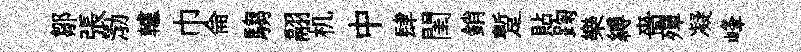
鄒張渤轤巾侖騶翮机中肆閨銷蹔貼踘樂縛嗇殫凝峰